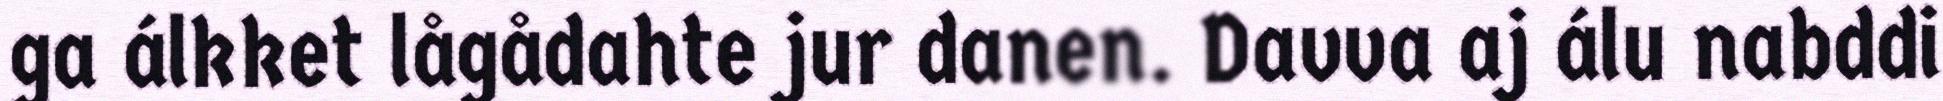
ga álkket lågådahte jur danen. Davva aj álu nabddi